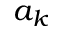
a _ { k }